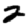
Digit: 2